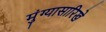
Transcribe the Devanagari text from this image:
मुंग्यासारिखे